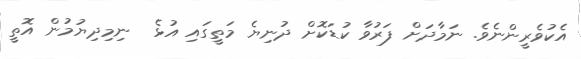
އެކުވެރީންނެވެ. ނަމާދަށް ފަރުވާ ކުޑަކޮށް ދުނިޔެ މަތީގައި އުޅެ  ނިމިދިޔުމުން އޮތީ